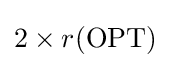
2\times r({\text{OPT}})